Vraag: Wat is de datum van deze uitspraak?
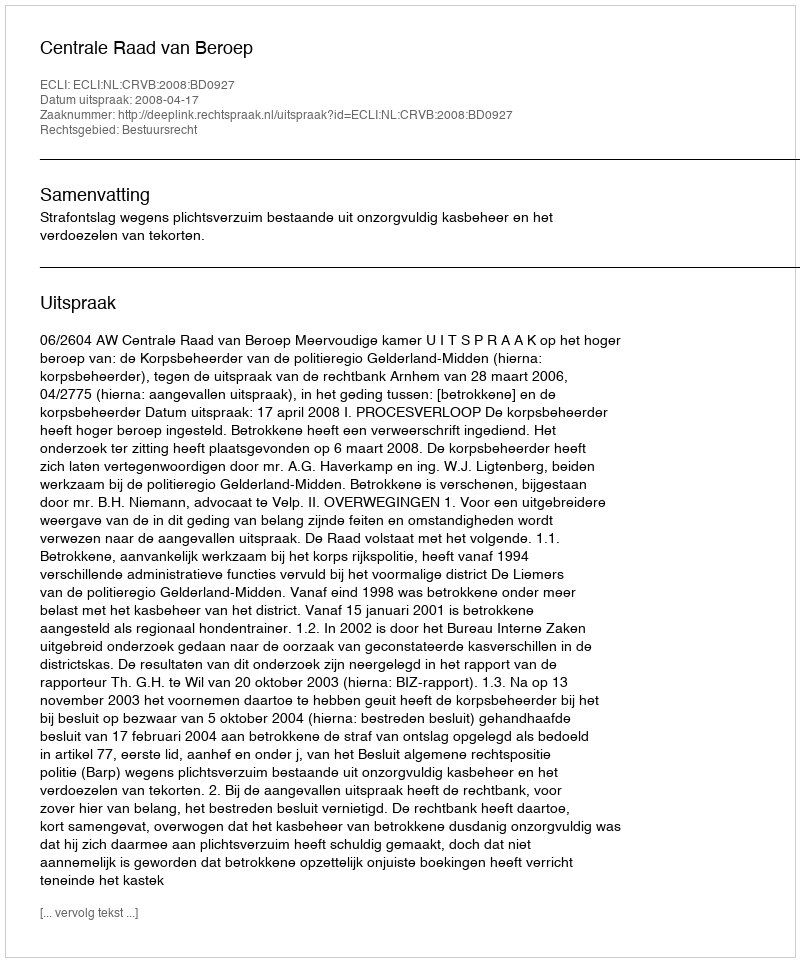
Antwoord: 2008-04-17